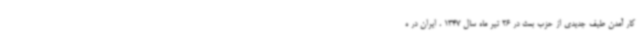
کار آمدن طیف جدیدی از حزب بعث در 26 تیر ماه سال 1347 ، ایران در ه